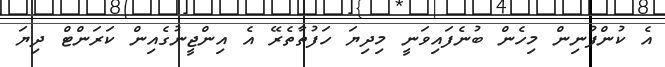
އެ ކުންފުނިން މިހެން ބުނެފައިވަނީ މިދިޔަ ހަފުތާތެރޭ އެ އިންޖީނުގެއިން ކަރަންޓް ދިޔަ